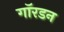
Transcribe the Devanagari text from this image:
गॉरडन